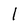
Character: 1